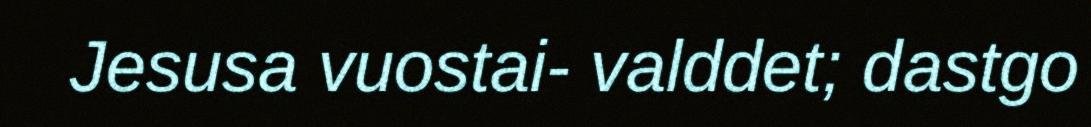
Jesusa vuostai- valddet; dastgo